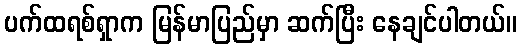
ပက်ထရစ်ရှာက မြန်မာပြည်မှာ ဆက်ပြီး နေချင်ပါတယ်။